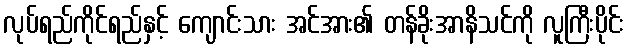
လုပ်ရည်ကိုင်ရည်နှင့် ကျောင်းသား အင်အား၏ တန်ခိုးအာနိသင်ကို လူကြီးပိုင်း